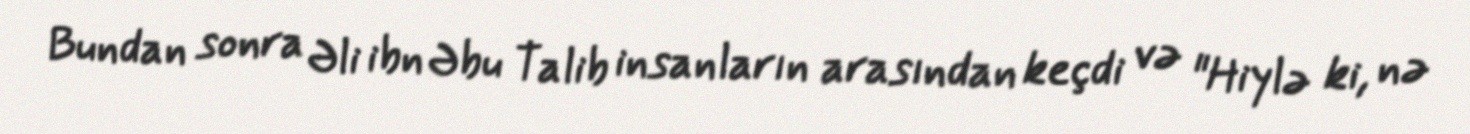
Bundan sonra Əli ibn Əbu Talib insanların arasından keçdi və "Hiylə ki, nə